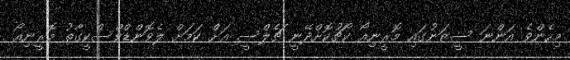
މިހެންވެ އަންނަ ސީޒަނުގައި މޮރީނިއޯ ކޯޗުކޮށްދޭނީ ޗެލްސީ އަށް ކަމަށް ލެވޮންޑްވްސްކީގާތު މޮރީނިއޯ